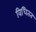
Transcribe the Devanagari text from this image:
विधितत